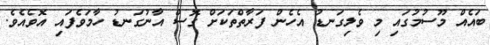
ބައެއް މޫސުމުގައި މި ވެލިގަނޑު އެހެން ފަރާތްތަކަށް ގޮސް އާނުގަނޑު ހާމަވެފައި އޮވެއެވެ.